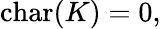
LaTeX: {\mathrm{char}}(K)=0,